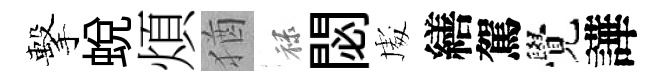
擊蛻煩猶禄閟䖏繕駕覺譁